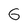
Character: G